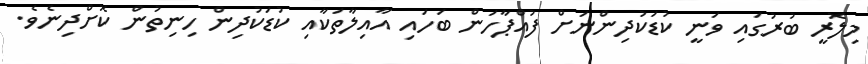
މިލޮރީ ބުރުގައި ވަނީ ކުޑަކުދިންނަށް ފުއްޕާހަން ބަހައި އާއިލާތަކާއި ކުޑަކުދިން ހިނިތުން ކޮށްދިނެވެ.